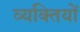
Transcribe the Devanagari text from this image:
व्‍यक्‍ितयों